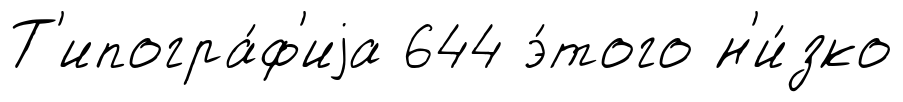
Т'ипогра́ф'иjа 644 э́того н'и́зко